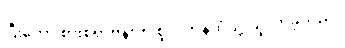
ပြီးတော့ စားစရာဗန်းကို စူလတန်ထံသို့ ယူလာခဲ့သည်။